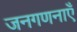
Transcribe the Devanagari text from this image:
जनगणनाएँ